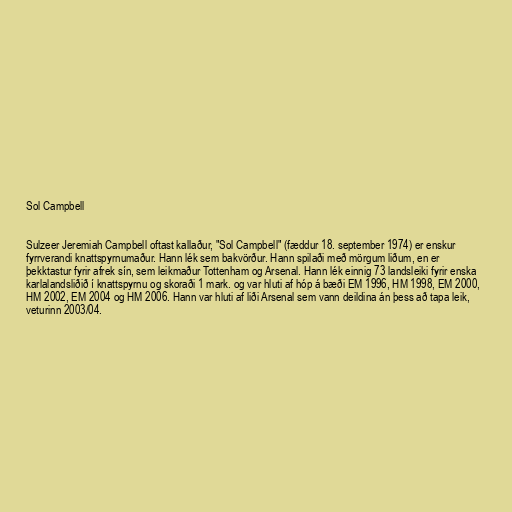
Sol Campbell

Sulzeer Jeremiah Campbell oftast kallaður, "Sol Campbell" (fæddur 18. september 1974) er enskur
fyrrverandi knattspyrnumaður. Hann lék sem bakvörður. Hann spilaði með mörgum liðum, en er
þekktastur fyrir afrek sín, sem leikmaður Tottenham og Arsenal. Hann lék einnig 73 landsleiki fyrir enska
karlalandsliðið í knattspyrnu og skoraði 1 mark. og var hluti af hóp á bæði EM 1996, HM 1998, EM 2000,
HM 2002, EM 2004 og HM 2006. Hann var hluti af liði Arsenal sem vann deildina án þess að tapa leik,
veturinn 2003/04.